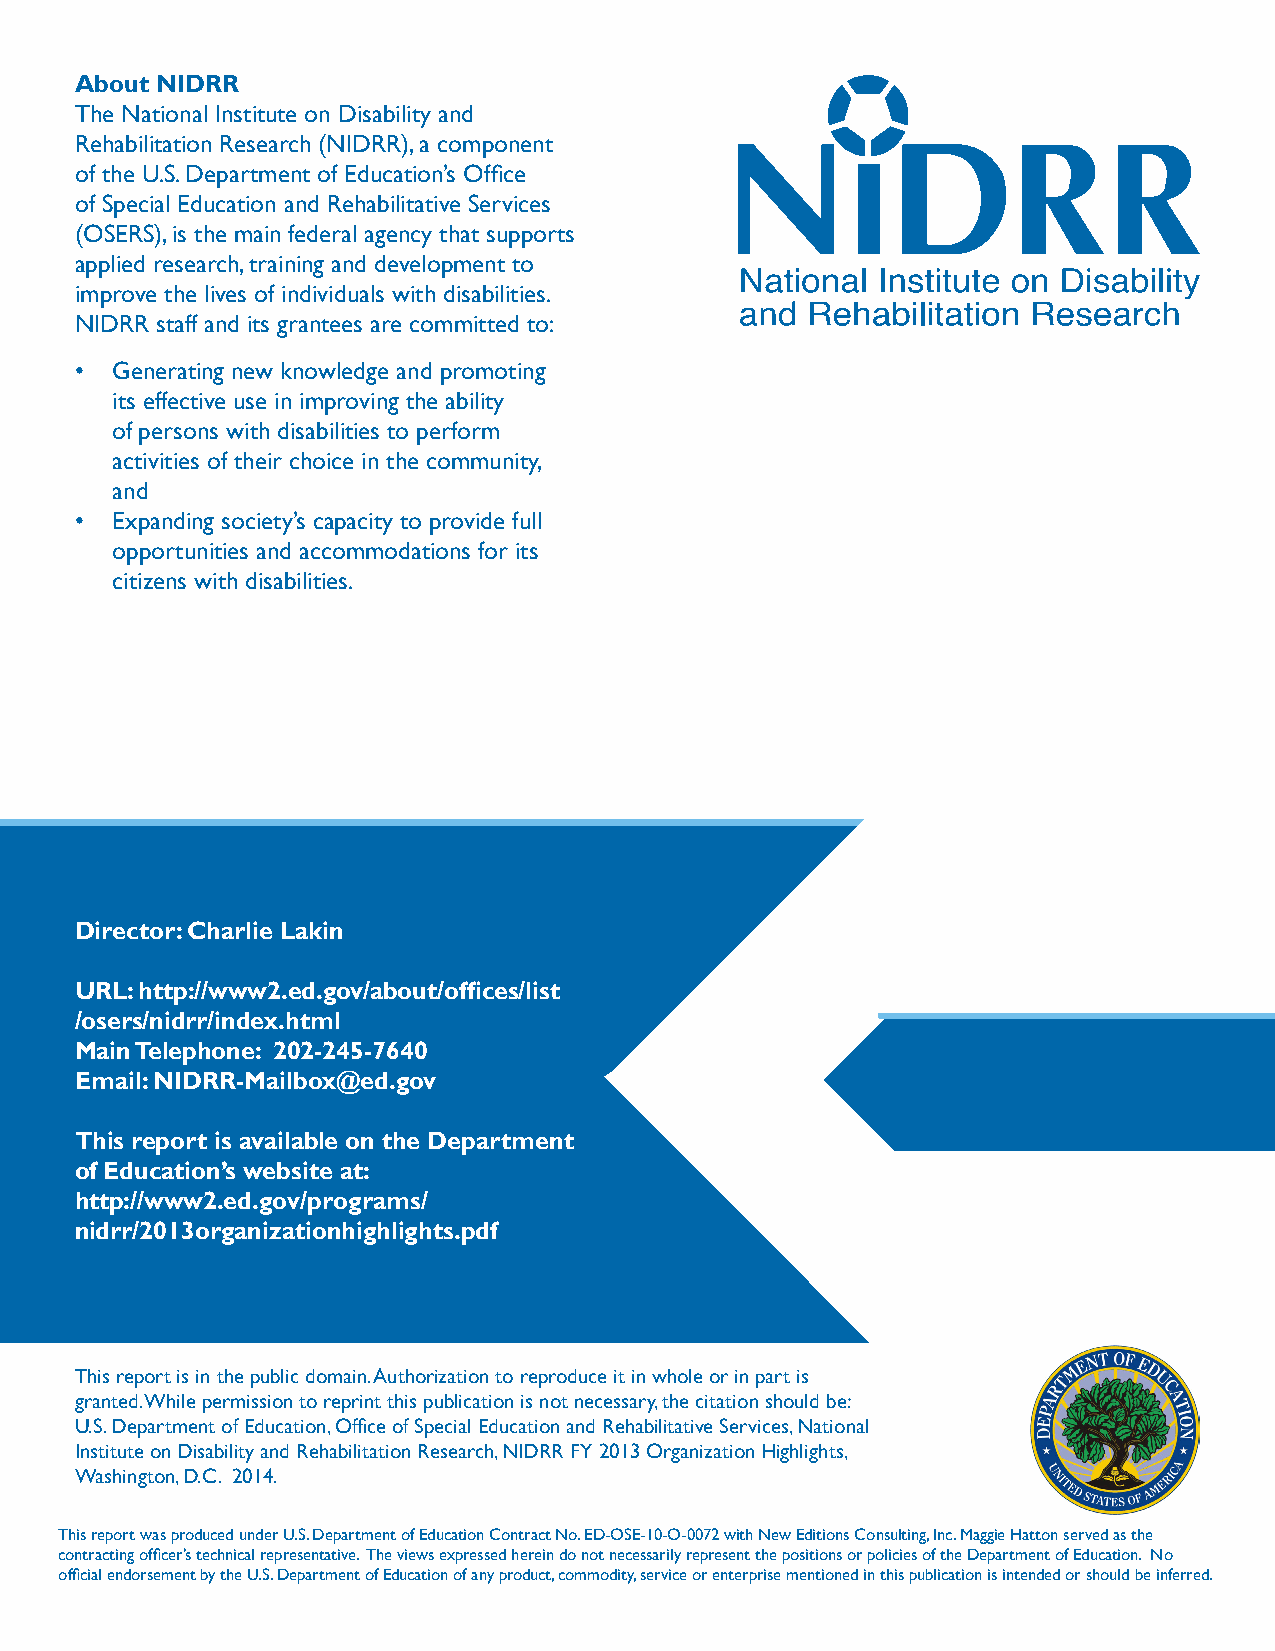
About NIDRR
 The National Institute on Disability and
 Rehabilitation Research (NIDRR), a component
 of the U.S. Department of Education’s Office
 of Special Education and Rehabilitative Services
 (OSERS), is the main federal agency that supports
 applied research, training and development to
 improve the lives of individuals with disabilities.
 NIDRR staff and its grantees are committed to:
 • Generating new knowledge and promoting
 its effective use in improving the ability
 of persons with disabilities to perform
 activities of their choice in the community,
 and
 • Expanding society’s capacity to provide full
 opportunities and accommodations for its
 citizens with disabilities.
 Director: Charlie Lakin
 URL: http://www2.ed.gov/about/offices/list
 /osers/nidrr/index.html
 Main Telephone: 202-245-7640
 Email: NIDRR-Mailbox@ed.gov
 This report is available on the Department
 of Education’s website at:
 http://www2.ed.gov/programs/
 nidrr/2013organizationhighlights.pdf
 This report is in the public domain. Authorization to reproduce it in whole or in part is
 granted. While permission to reprint this publication is not necessary, the citation should be:
 U.S. Department of Education, Office of Special Education and Rehabilitative Services, National
 Institute on Disability and Rehabilitation Research, NIDRR FY 2013 Organization Highlights,
 Washington, D.C. 2014.
 This report was produced under U.S. Department of Education Contract No. ED-OSE-10-O-0072 with New Editions Consulting, Inc. Maggie Hatton served as the
 contracting officer’s technical representative. The views expressed herein do not necessarily represent the positions or policies of the Department of Education. No
 official endorsement by the U.S. Department of Education of any product, commodity, service or enterprise mentioned in this publication is intended or should be inferred.